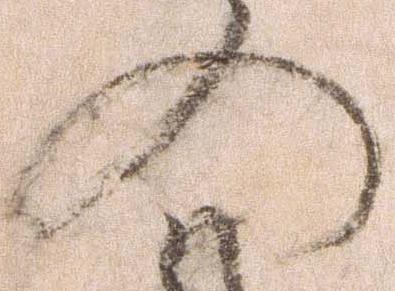
の